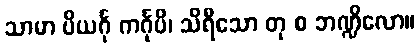
သာမာ ပိယင်္ဂု ကင်္ဂုပိ၊ သိရီသော တု စ ဘဏ္ဍိလော။